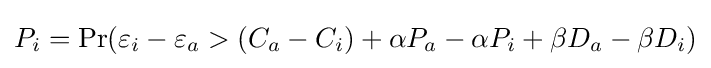
P_{i}=\Pr(\varepsilon _{i}-\varepsilon _{a}>(C_{a}-C_{i})+\alpha P_{a}-\alpha P_{i}+\beta D_{a}-\beta D_{i})